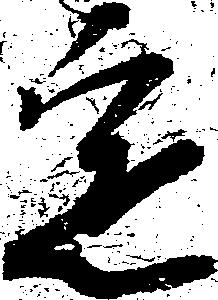
定